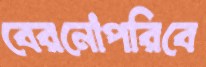
বেরনোপরিবে